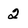
Character: 2